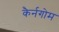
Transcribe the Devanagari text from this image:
कैर्नगोम